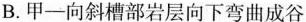
B.甲一向斜槽部岩层向下弯曲成谷